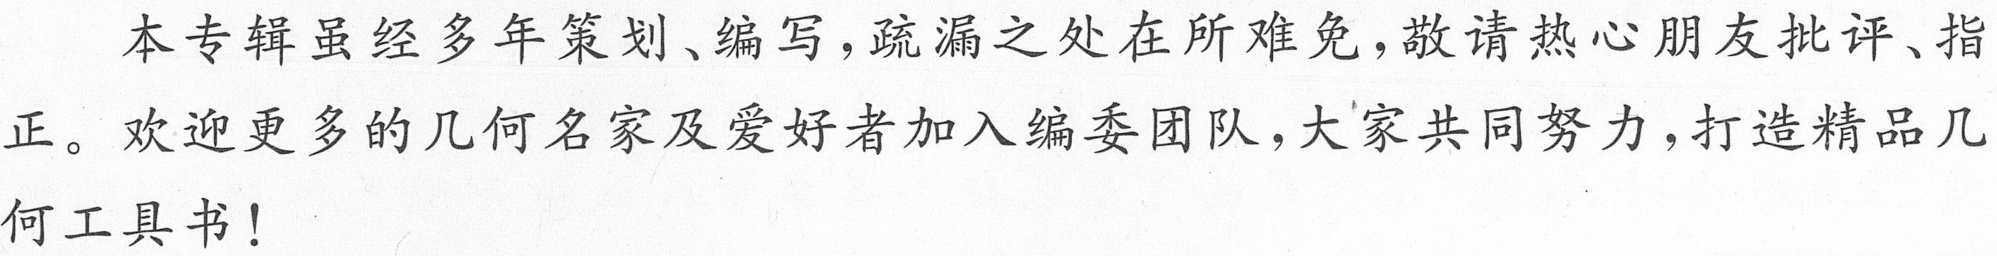
本专辑虽经多年策划、编写，疏漏之处在所难免，敬请热心朋友批评、指
正。欢迎更多的几何名家及爱好者加入编委团队，大家共同努力，打造精品几
何工具书！